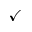
\checkmark